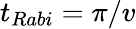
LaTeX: t_{Rabi}=\pi/v